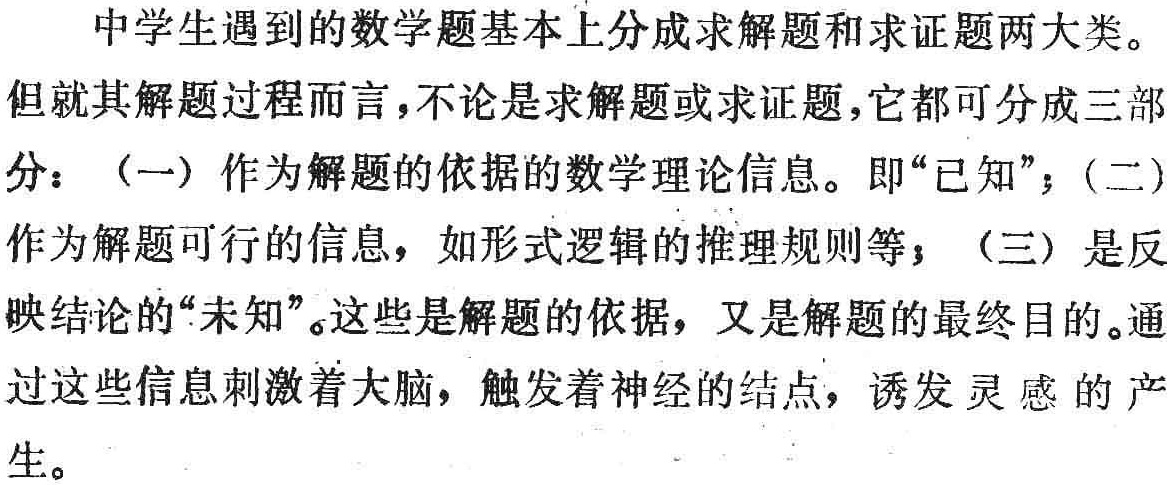
中学生遇到的数学题基本上分成求解题和求证题两大类。

但就其解题过程而言，不论是求解题或求证题，它都可分成三部分：（一）作为解题的依据的数学理论信息。即“已知”；（二）作为解题可行的信息，如形式逻辑的推理规则等；（三）是反映结论的“未知”。这些是解题的依据，又是解题的最终目的。通过这些信息刺激着大脑，触发着神经的结点，诱发灵感的产生。